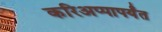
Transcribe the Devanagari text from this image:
करिअप्पापर्यंत